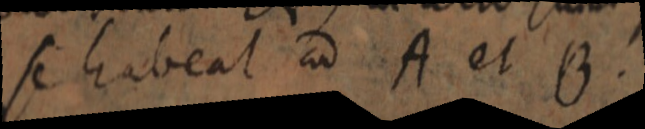
se habeat ad A et B.